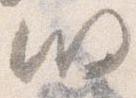
明